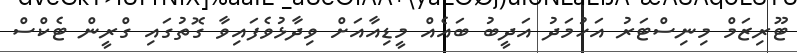
ޓޫރިޒަމް މިނިސްޓަރު އަހުމަދު އަދީބު ބައެއް މީޑިއާއަށް ވިދާޅުވެފައިވާ ގޮތުގައި ގްރީން ޓެކްސް